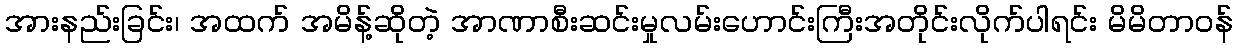
အားနည်းခြင်း၊ အထက် အမိန့်ဆိုတဲ့ အာဏာစီးဆင်းမှုလမ်းဟောင်းကြီးအတိုင်းလိုက်ပါရင်း မိမိတာဝန်